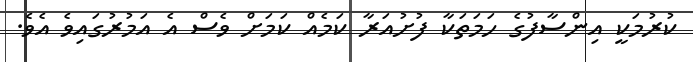
ކުރުމަކީ އިންސާފުގެ ހަމަތަކާ ފުށުއަރާ ކަމެއް ކަމަށް ވެސް އެ އަމުރުގައިވެ އެވެ.